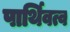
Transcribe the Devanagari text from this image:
पार्थिवत्व